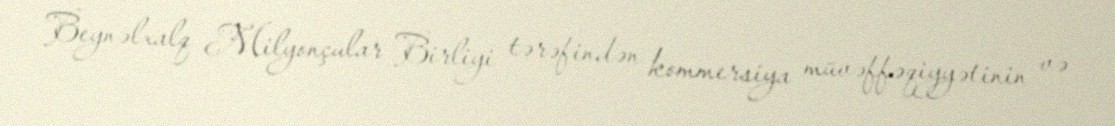
Beynəlxalq Milyonçular Birliyi tərəfindən kommersiya müvəffəqiyyətinin və